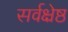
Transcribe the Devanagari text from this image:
सर्वक्ष्रेष्ठ